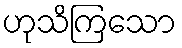
ဟုသိကြသော